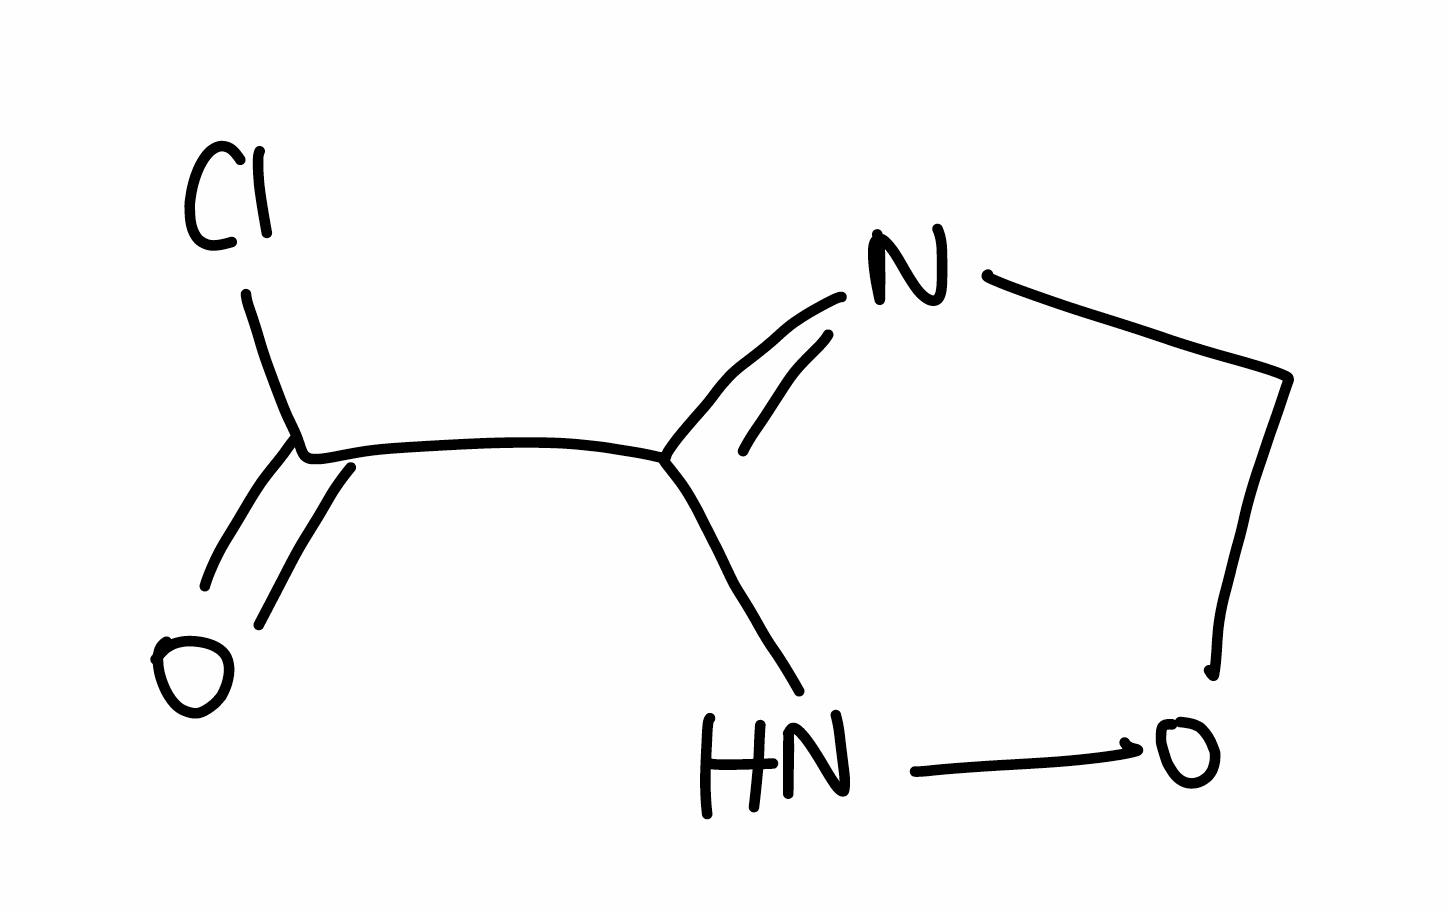
Simplified molecular-input line-entry system (SMILES) notation of the given molecule:
C1N=C(NO1)C(=O)Cl